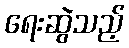
ရေးဆွဲသည့်